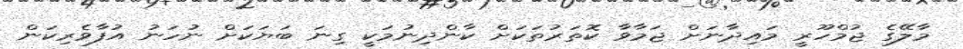
މާލޭގެ ޖުމްހޫރީ މައިދާނަށް ޖަމާވާ ކޮތަރުތަކަށް ކާންދިނުމަކީ ގިނަ ބަޔަކަށް ނުހަނު އުފާވެރިކަން